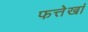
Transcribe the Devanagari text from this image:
फत्तेखां